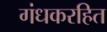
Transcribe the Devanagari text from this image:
गंधकरहित